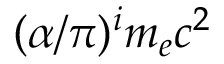
( \alpha / \pi ) ^ { i } m _ { e } c ^ { 2 }